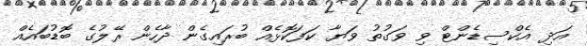
އަދި އެކްސިޑެންޓް ވި ވަގުތު ވަޔާ ކަފަކޮޅެއް ބުރައިގެން ދާހެން ރޭލުގެ ބޮޑުބައެއް